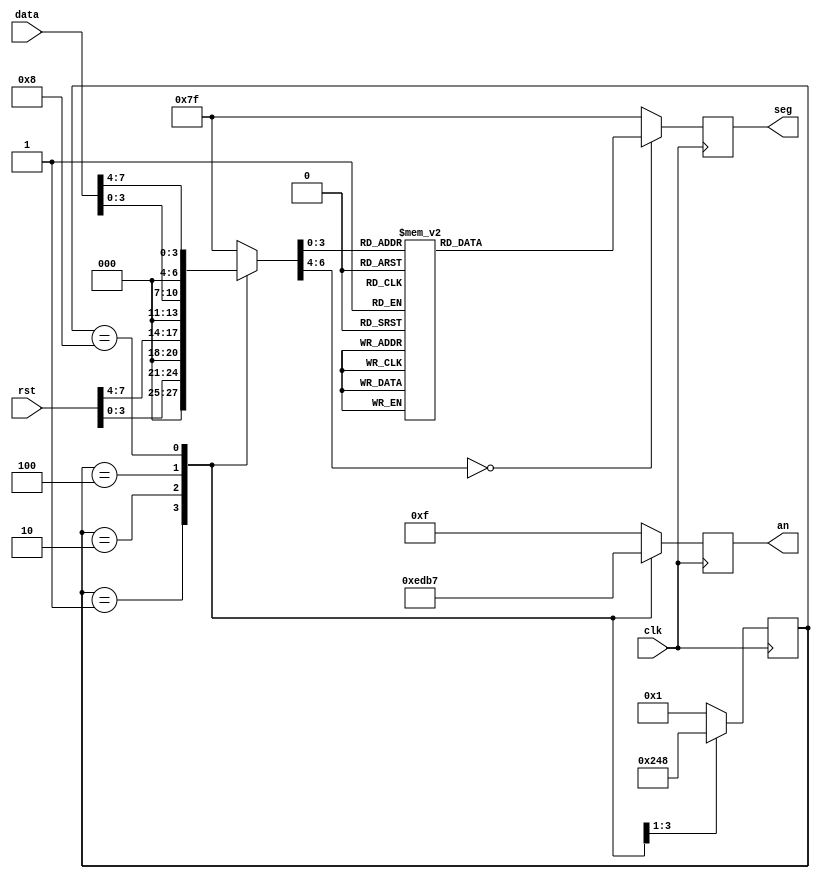
`timescale 1ns / 1ps

module Basys3_7SegmentMultiplexing(
  input wire [7:0] data,
  output wire [6:0] seg,
  output wire [3:0] an,
  input wire clk,
  input wire [7 : 0] rst
  );


  reg [3:0] display_select;
  reg [6:0] seg_out;
  reg [6:0] seg_reg;
  reg [3:0] an_reg;

  always @(posedge clk) begin
    //shiftea el display select para que se active el siguiente display
    case(display_select)
      4'b0001: display_select <= 4'b0010;
      4'b0010: display_select <= 4'b0100;
      4'b0100: display_select <= 4'b1000;
      4'b1000: display_select <= 4'b0001;
      default: display_select <= 4'b0001;
    endcase
    case (display_select)
      4'b0001: seg_out = rst[3 : 0];
      4'b0010: seg_out = rst[7 : 4];
      4'b0100: seg_out = data[3 : 0];
      4'b1000: seg_out = data[7 : 4];
      default: seg_out = 7'b111_1111; // Display desactivado
    endcase
    case (seg_out)
      4'b0000: seg_reg = 7'b100_0000;  // 0
      4'b0001: seg_reg = 7'b111_1001;  // 1
      4'b0010: seg_reg = 7'b010_0100;  // 2
      4'b0011: seg_reg = 7'b011_0000;  // 3
      4'b0100: seg_reg = 7'b001_1001;  // 4
      4'b0101: seg_reg = 7'b001_0010;  // 5
      4'b0110: seg_reg = 7'b000_0010;  // 6
      4'b0111: seg_reg = 7'b111_1000;  // 7
      4'b1000: seg_reg = 7'b000_0000;  // 8
      4'b1001: seg_reg = 7'b001_0000;  // 9
      4'b1010: seg_reg = 7'b000_1000; // Display A
      4'b1011: seg_reg = 7'b000_0011; // Display B
      4'b1100: seg_reg = 7'b100_0110; // Display C
      4'b1101: seg_reg = 7'b010_0001; // Display D
      4'b1110: seg_reg = 7'b000_0110; // Display E
      4'b1111: seg_reg = 7'b000_1110; // Display F
      default: seg_reg = 7'b111_1111;  // Display desactivado
    endcase

    case (display_select)
      4'b0001: an_reg = 4'b1110;  // Primer display
      4'b0010: an_reg = 4'b1101;  // Segundo display
      4'b0100: an_reg = 4'b1011;  // Tercer display
      4'b1000: an_reg = 4'b0111;  // Cuarto display
      default: an_reg = 4'b1111; // Todos los displays desactivados
    endcase
    #50000;
  end

  // always @* begin
    
  // end

  // always @* begin
    
  // end

  // always @* begin
    
  // end

  assign seg = seg_reg;
  assign an = an_reg;


endmodule